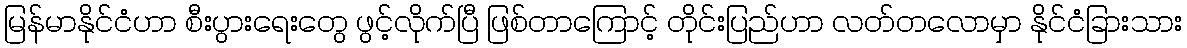
မြန်မာနိုင်ငံဟာ စီးပွားရေးတွေ ဖွင့်လိုက်ပြီ ဖြစ်တာကြောင့် တိုင်းပြည်ဟာ လတ်တလောမှာ နိုင်ငံခြားသား